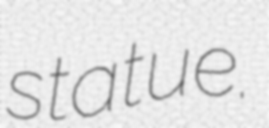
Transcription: statue.